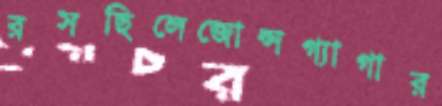
রসছিলেজোন্সগ্যাগার